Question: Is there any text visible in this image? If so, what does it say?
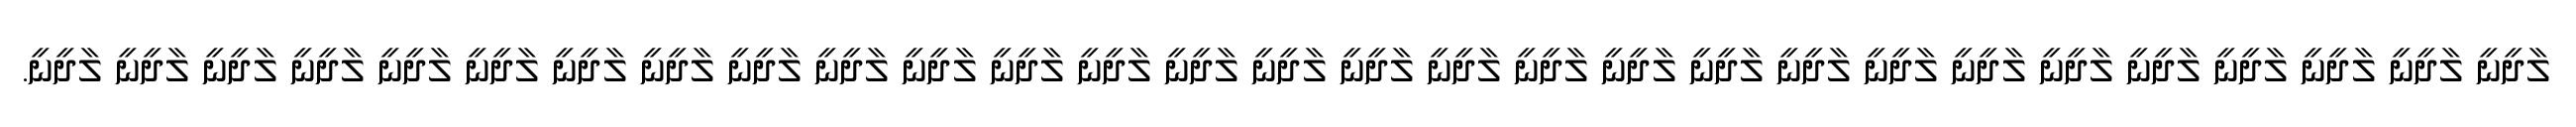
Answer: ލާދީނީ ލާދީނީ ލާދީނީ ލާދީނީ ލާދީނީ ލާދީނީ ލާދީނީ ލާދީނީ ލާދީނީ ލާދީނީ ލާދީނީ ލާދީނީ ލާދީނީ ލާދީނީ ލާދީނީ ލާދީނީ ލާދީނީ ލާދީނީ ލާދީނީ ލާދީނީ ލާދީނީ ލާދީނީ ލާދީނީ ލާދީނީ ލާދީނީ ލާދީނީ ލާދީނީ ލާދީނީ ލާދީނީ.